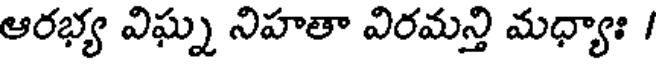
ఆరభ్య విఘ్న నిహతా విరమన్తి మధ్యాః /